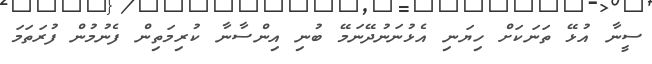
ސީނާ އުޅޭ ތަނަކަށް ހިޔަނި އެޅުނަނުދޭނަމޭ ބުނި އިންސާނާ ކުރިމަތިން ފެނުމުން ފުރަތަމަ